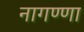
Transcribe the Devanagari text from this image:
नागण्णा